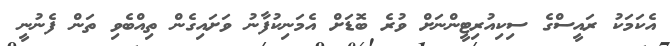
އެކަމަކު ރައީސްގެ ސިކިއުރިޓީންނަށް ވުރެ ބޮޑަށް އެމަނިކުފާނު ވަށައިގެން ތިއްބެވި ތަން ފެނުނީ